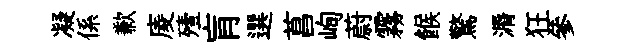
凝係歉庱殪肓選菖峋蔚霧餱驚漘狂參